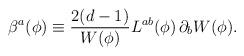
LaTeX: \begin{align*}\beta^a(\phi)\equiv {2(d-1) \over W(\phi)}L^{ab}(\phi)\,\partial_b W(\phi). \end{align*}